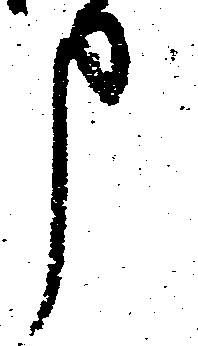
中